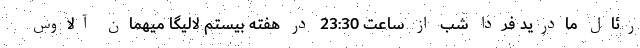
رئال مادرید فردا شب از ساعت 23:30 در هفته بیستم لالیگا میهمان آلاوس